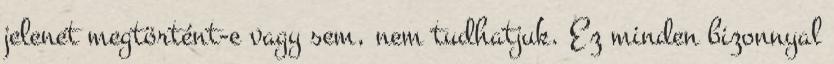
jelenet megtörtént-e vagy sem, nem tudhatjuk. Ez minden bizonnyal